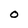
Character: O